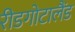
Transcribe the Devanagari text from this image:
रीडगोटालैंड